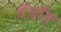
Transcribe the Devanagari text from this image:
दॅञ्जॉङ्ग